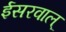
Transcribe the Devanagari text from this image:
ईसरवाल्